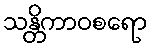
သန္တိကာဝစရော